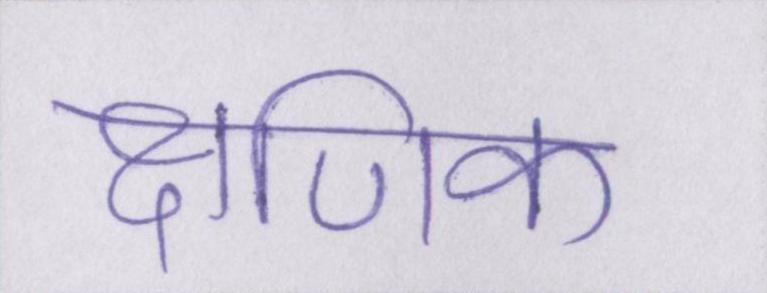
क्षणिक